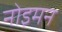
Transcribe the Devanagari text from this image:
नोइमन